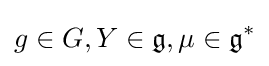
g\in G,Y\in {\mathfrak {g}},\mu \in {\mathfrak {g}}^{*}